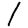
Digit: 1